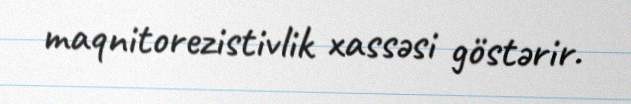
maqnitorezistivlik xassəsi göstərir.